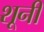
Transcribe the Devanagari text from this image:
शूनी